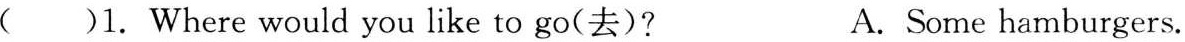
( )1. Where would you like to go(去)? A. Some hamburgers.